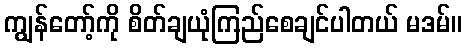
ကျွန်တော့်ကို စိတ်ချယုံကြည်စေချင်ပါတယ် မဒမ်။